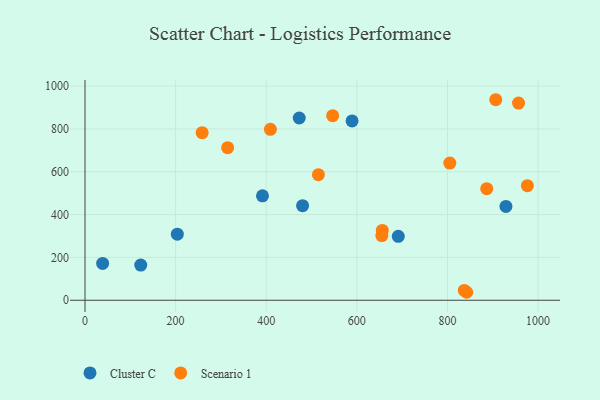
{"axis": {"x": "Investment", "y": "Rating"}, "legend": ["Cluster C", "Scenario 1"], "data": [{"x": "203.7", "y": 308.7, "type": "Cluster C"}, {"x": "480.2", "y": 441.6, "type": "Cluster C"}, {"x": "929.0", "y": 438.2, "type": "Cluster C"}, {"x": "691.4", "y": 298.3, "type": "Cluster C"}, {"x": "472.8", "y": 850.8, "type": "Cluster C"}, {"x": "38.9", "y": 172.1, "type": "Cluster C"}, {"x": "589.4", "y": 837.0, "type": "Cluster C"}, {"x": "123.0", "y": 164.2, "type": "Cluster C"}, {"x": "391.7", "y": 487.7, "type": "Cluster C"}, {"x": "886.6", "y": 521.0, "type": "Scenario 1"}, {"x": "956.8", "y": 920.7, "type": "Scenario 1"}, {"x": "258.5", "y": 782.4, "type": "Scenario 1"}, {"x": "314.8", "y": 712.4, "type": "Scenario 1"}, {"x": "656.1", "y": 325.9, "type": "Scenario 1"}, {"x": "906.5", "y": 936.2, "type": "Scenario 1"}, {"x": "409.2", "y": 798.1, "type": "Scenario 1"}, {"x": "655.1", "y": 301.9, "type": "Scenario 1"}, {"x": "546.6", "y": 861.6, "type": "Scenario 1"}, {"x": "976.3", "y": 534.8, "type": "Scenario 1"}, {"x": "837.0", "y": 45.8, "type": "Scenario 1"}, {"x": "842.4", "y": 37.3, "type": "Scenario 1"}, {"x": "515.1", "y": 586.2, "type": "Scenario 1"}, {"x": "805.1", "y": 640.3, "type": "Scenario 1"}]}